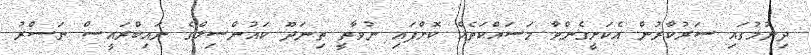
ދިނުމުގައި ސަރުކާރުން އެކަށީގެންވާ މަސައްކަތެއް ކޮށްފައި ނުވާތީ ތިނަދޫ ކައުންސިލްގެ ނައިބްރައީސް ނަސްރު